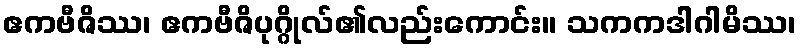
ဧကဗီဇိဿ၊ ဧကဗီဇိပုဂ္ဂိုလ်၏လည်းကောင်း။ သကကဒါဂါမိဿ၊